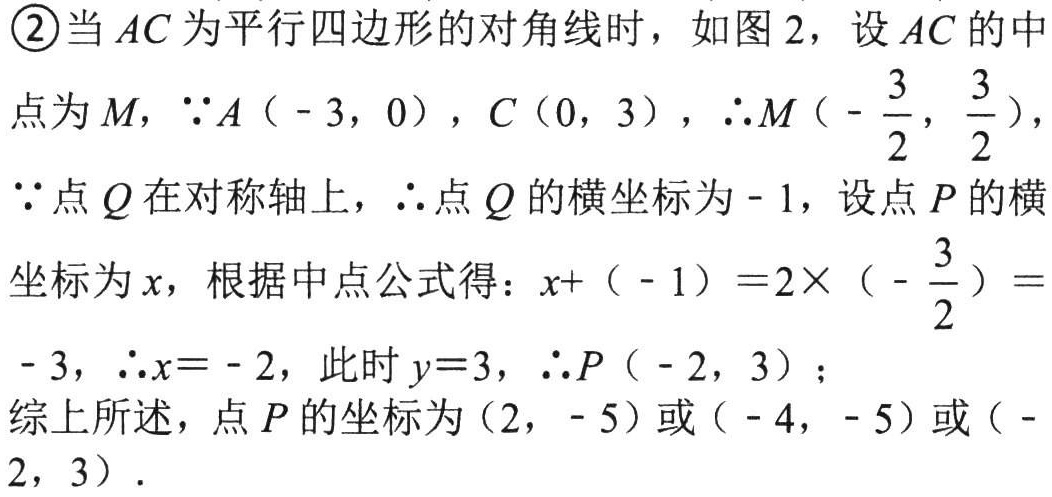
\textcircled{2}当 \(AC\) 为平行四边形的对角线时，如图 2，设 \(AC\) 的中
点为 \(M\)，\(\because A(-3,0)\)，\(C(0,3)\)，\(\therefore M\left(-\dfrac{3}{2},\dfrac{3}{2}\right)\)，
\(\because\) 点 \(Q\) 在对称轴上，\(\therefore\) 点 \(Q\) 的横坐标为 \(-1\)，设点 \(P\) 的横
坐标为 \(x\)，根据中点公式得：\(x + (-1)=2\times\left(-\dfrac{3}{2}\right)=
- 3\)，\(\therefore x = - 2\)，此时 \(y = 3\)，\(\therefore P(-2,3)\)；
综上所述，点 \(P\) 的坐标为 \((2,-5)\) 或 \((-4,-5)\) 或 \((-
2,3)\)．